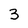
Character: 3